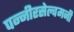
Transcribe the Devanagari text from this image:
पन्नीरसेल्वमनी